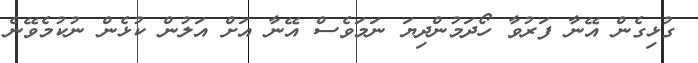
ގުޅިގެން އޭނާ ފަރުވާ ހޯދަމުންދިޔަ ނަމަވެސް އޭނާ އަށް އަލުން ކުޅެން ނުކުމެވޭނެ